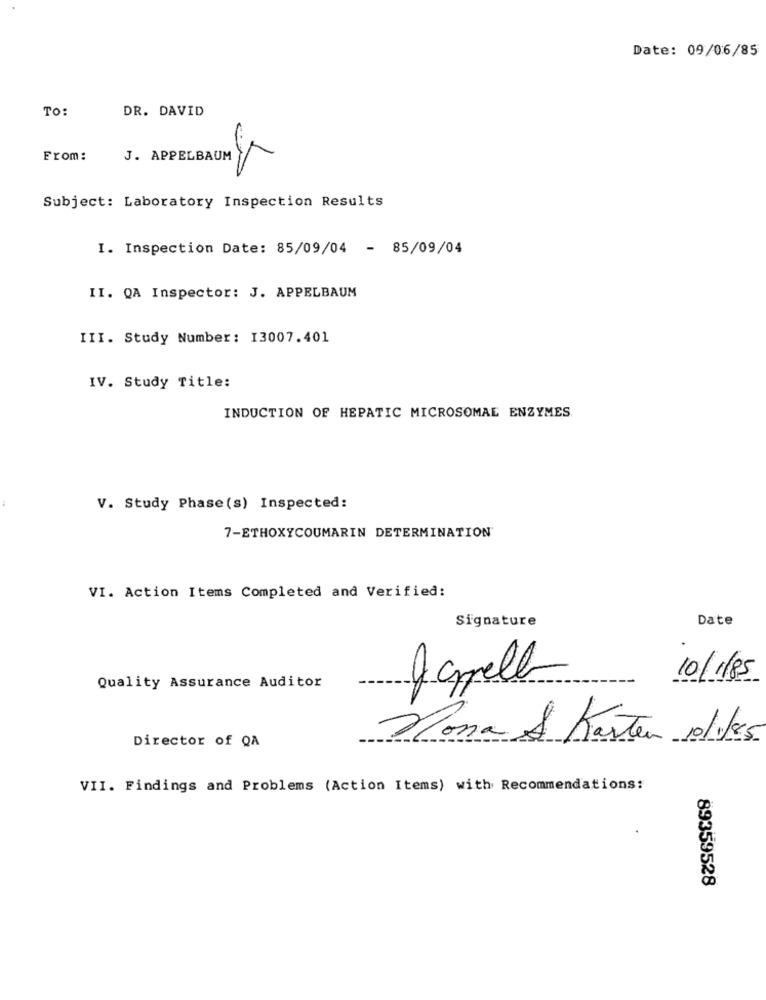
Date: 09/06/85
TO:
DR. DAVID
From:
J. APPELBAUM
Subject: Laboratory Inspection Results
I. Inspection Date: 85/09/04 - 85/09/04
II. QA Inspector: J. APPELBAUM
III. Study Number: 13007.401
IV. Study Title:
INDUCTION OF HEPATIC MICROSOMAL ENZYMES
V. Study Phase(s) Inspected:
7-ETHOXYCOUMARIN DETERMINATION'
VI. Action Items Completed and Verified:
Signature
Date
Jagell
10/1/85
Quality Assurance Auditor
Mona & Karten volkes
Director of QA
VII. Findings and Problems (Action Items) with Recommendations:
89359528